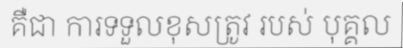
គឺជា ការទទួលខុសត្រូវ របស់ បុគ្គល